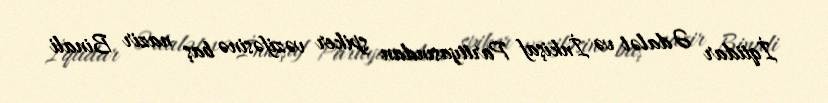
İqtidar Ədalət və İnkişaf Partiyasından spiker vəzifəsinə baş nazir Binali